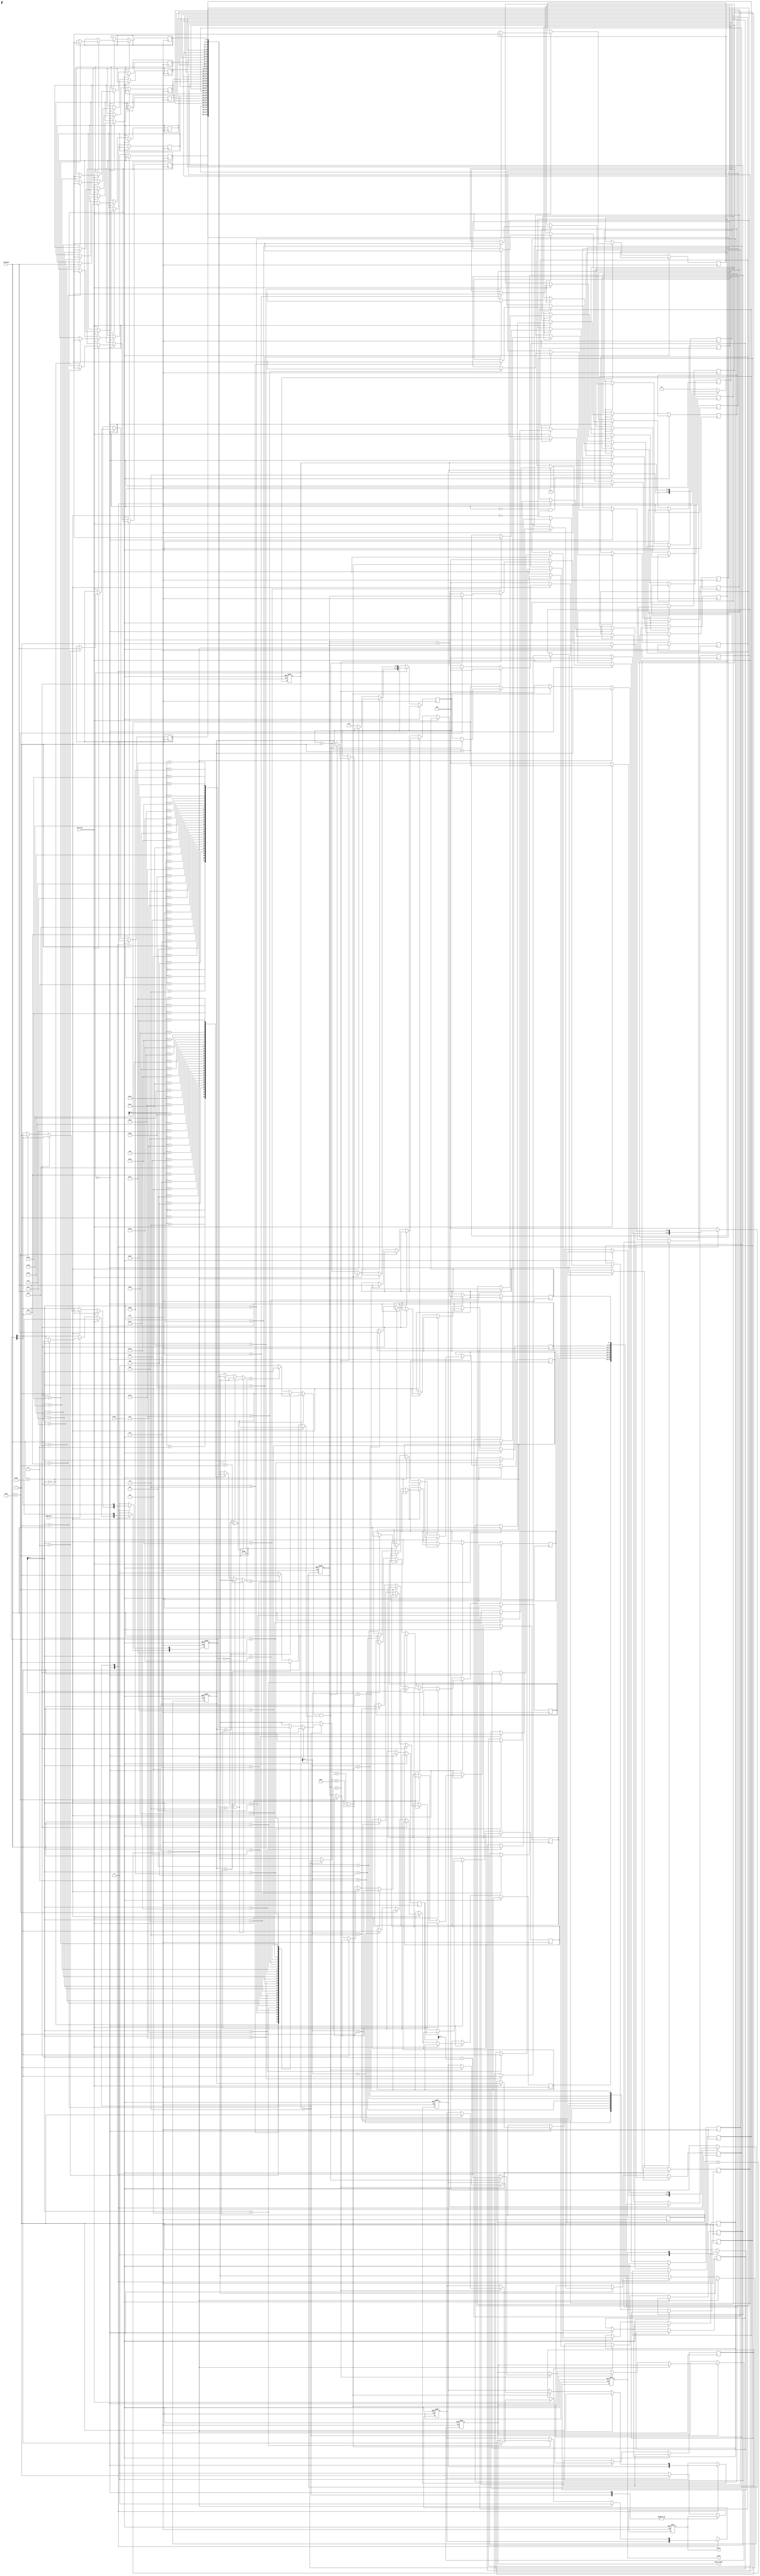
module SME(clk,reset,chardata,isstring,ispattern,valid,match,match_index);
input clk;
input reset;
input [7:0] chardata;
input isstring;
input ispattern;
output match;
output [4:0] match_index;
output valid;

localparam Hat = 8'h5E;
localparam Dollar = 8'h24;
localparam Dot = 8'h2E;
localparam Space = 8'h20;

localparam LOAD = 0;
localparam OUTPUT = 1;
localparam PROCESS = 2;

reg match, valid;
reg [4:0] match_index;

reg [1:0] cur_state, next_state;
reg [7:0] string[31:0], pattern[7:0];
reg [5:0] str_idx, pat_idx;
reg [5:0] str_max, pat_max;
reg [5:0] str_ptr;

reg [1:0] mode; // Hat or Dollar
reg finish;
reg success;

reg is_H, is_D;

always @(*)
begin
    next_state = cur_state;
    case (cur_state)
        LOAD: if (!isstring && !ispattern) next_state = PROCESS;
        PROCESS: if (finish) next_state = OUTPUT;
        default: next_state = LOAD;
    endcase
end

always @(posedge clk or posedge reset)
begin
    if (reset)begin
        valid <= 0;
        match <= 0;
        match_index <= 5'd0;
        str_idx <= 0;
        pat_idx <= 0;
        mode <= 0;
        success <= 'hx;
        finish <= 0;
    end
    else begin
        case(cur_state)
            LOAD: begin
                valid <= 0;
                str_idx <= 0;
                pat_idx <= 0;
                if(isstring) begin
                    string[str_idx] <= chardata;
                    str_idx <= str_idx + 1;
                    str_max <= str_idx;
                end
                else if(ispattern) begin
                    str_idx <= 0;
                    if(chardata == Hat) begin
                        mode[1] <= 1;
                    end
                    else if(chardata == Dollar) begin
                        mode[0] <= 1;
                    end
                    else begin
                        pattern[pat_idx] <= chardata;
                        pat_idx <= pat_idx + 1;
                        pat_max <= pat_idx;
                    end
                end
                else begin
                    pat_idx <= 0;
                    str_ptr <= 1;
                end
            end
            PROCESS:begin // both
                if (str_idx == str_max + 1) begin // overflow
                    finish <= 1;
                    success <= 0;
                end
                else if (string[str_idx] == pattern[pat_idx] || pattern[pat_idx] == Dot) begin
                    if(pat_idx == pat_max) begin
                        if (is_H && is_D) begin
                            finish <= 1;
                            match_index <= str_idx - pat_max;
                            success <= 1;
                        end
                        else begin
                            pat_idx <= 0;
                            str_idx <= str_ptr;
                            str_ptr <= str_ptr + 1;
                        end
                    end
                    else begin
                        str_idx <= str_idx + 1;
                        pat_idx <= pat_idx + 1;
                    end
                end
                else begin
                    pat_idx <= 0;
                    str_idx <= str_ptr;
                    str_ptr <= str_ptr + 1;
                end
            end
            default: begin
                valid <= 1;
                finish <= 0;
                success <= 'hx;
                if(success) begin
                    match <= 1;
                end
                else begin
                    match <= 0;
                end
                str_idx <= 0;
                pat_idx <= 0;
                mode <= 0;
            end
        endcase
    end

end

always @(posedge clk or posedge reset)
begin
    if (reset)
        cur_state <= LOAD;
    else
        cur_state <= next_state;
end

always @(*)
begin
    if (mode == 2'b00 || mode == 2'b01) is_H = 1;
    else if (str_idx == pat_max) is_H = 1;
    else if (string[str_idx - pat_max - 1] == Space) is_H = 1;
    else is_H = 0;
        
    if (mode == 2'b00 || mode == 2'b10) is_D = 1;
    else if (str_idx == str_max) is_D = 1;
    else if (string[str_idx + 1] == Space) is_D = 1;
    else is_D = 0;
end

endmodule